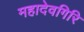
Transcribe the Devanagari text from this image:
महादेवगिरि